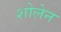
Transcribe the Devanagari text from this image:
शोलेन